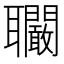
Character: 𦘑